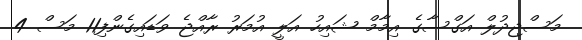
މަސްޖިދުލް އަގްސާގެ އިމާމް ޝައިހު އަލީ އުމަރު ރާއްޖެ ވަޑައިގެންފި11 މަސް 4